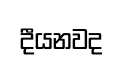
දීයනවද